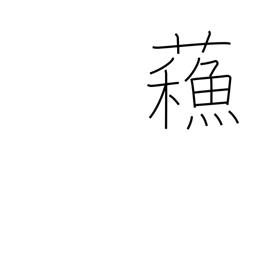
Meaning: revived